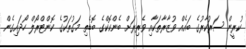
ކުރީން ސަރުކާރުގެ ބައެއް ވުޒާރާތަކާއި ވެރިރަށް ބެންކޮކްގެ ބޮޑެތި މަގުތަކުގެ ކޮންޓްރޯލް ހޯދައިގެން